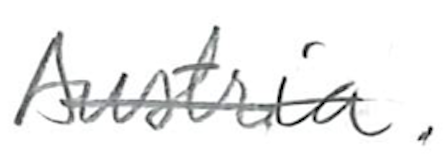
Text: Austria.
Cross-out: single-line
Writing tool: pencil